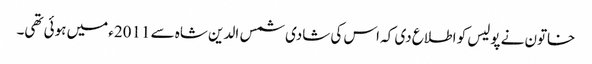
خاتون نے پولیس کو اطلاع دی کہ اس کی شادی شمس الدین شاہ سے 2011ء میں ہوئی تھی۔